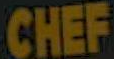
CHEF